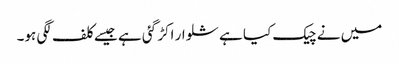
میں نے چیک کیا ہے شلوار اکڑ گئی ہے جیسے کلف لگی ہو۔